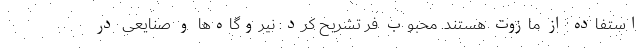
استفاده از مازوت هستند. محبوب فر تشریح کرد: نیروگاه‌ها و صنایعی در